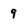
Character: 9